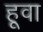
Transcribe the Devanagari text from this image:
हूवा